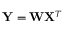
\mathbf { Y } = { \mathbf { W } } \mathbf { X } ^ { T }